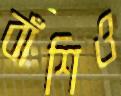
বাঁশিও